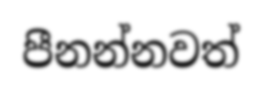
පීනන්නවත්